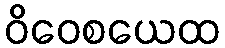
ဝိဝေစယေထ